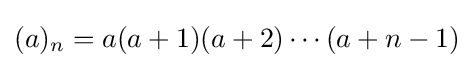
(a)_{n}=a(a+1)(a+2)\cdots (a+n-1)